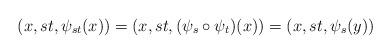
LaTeX: \begin{align*}(x,st,\psi_{st}(x))=(x,st,(\psi_s\circ\psi_t)(x))=(x,st,\psi_s(y))\end{align*}